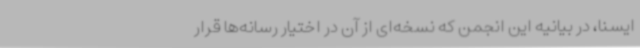
ایسنا، در بیانیه این انجمن که نسخه‌ای از آن در اختیار رسانه‌ها قرار